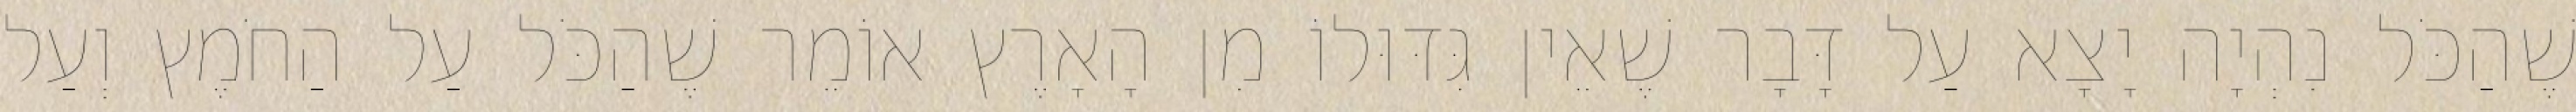
שֶׁהַכֹּל נִהְיָה יָצָא עַל דָּבָר שֶׁאֵין גִּדּוּלוֹ מִן הָאָרֶץ אוֹמֵר שֶׁהַכֹּל עַל הַחֹמֶץ וְעַל